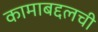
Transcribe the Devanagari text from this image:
कामाबद्दलची